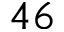
4 6